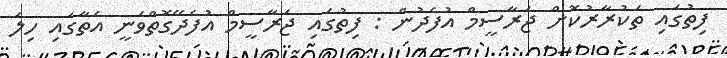
ފިތުގައި ތަކުރާރުކޮށް ޖަރާސީމް އުފެދުން : ފިތުގައި ޖަރާސީމް އުފެދޭގޮތްވަނީ އެތާގައި ހިލަ